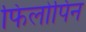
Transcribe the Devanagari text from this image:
फिलोपिन